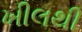
ખીલથી